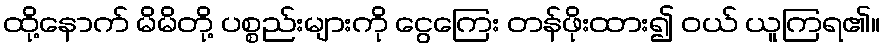
ထို့နောက် မိမိတို့ ပစ္စည်းများကို ငွေကြေး တန်ဖိုးထား၍ ဝယ် ယူကြရ၏။